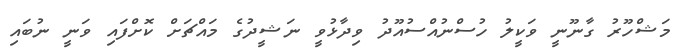
މަޝްހޫރު ގާނޫނީ ވަކީލު ހުސްނުއްސުއޫދު ވިދާޅުވީ ނަޝީދުގެ މައްޗަށް ކޮށްފައި ވަނީ ނުބައި